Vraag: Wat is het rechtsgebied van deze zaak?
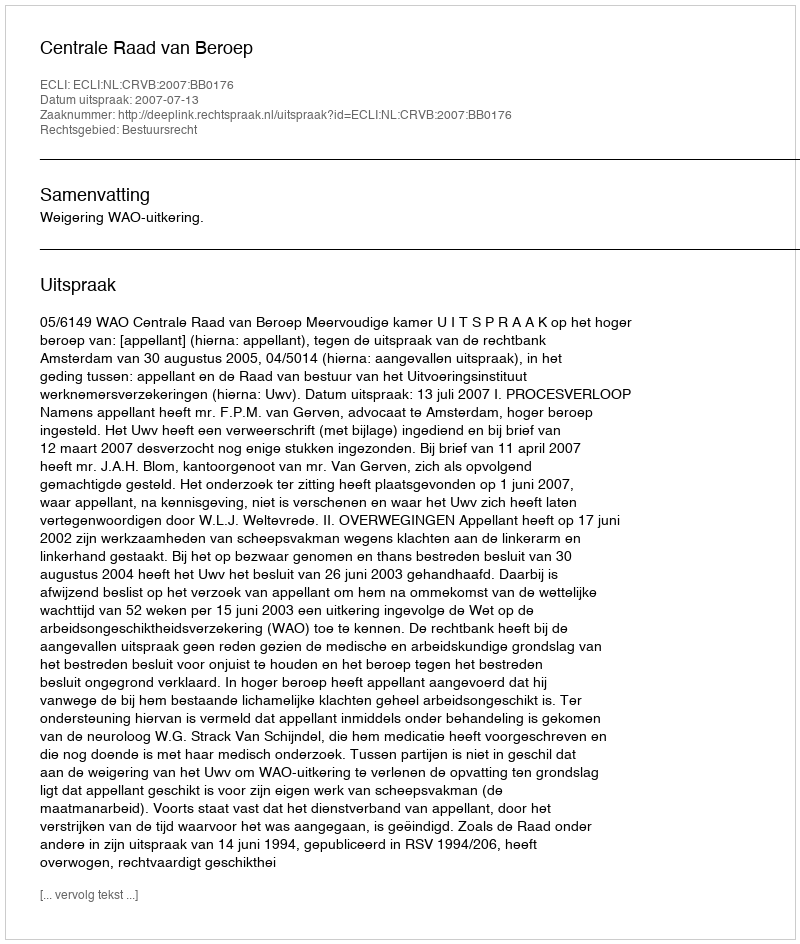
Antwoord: Bestuursrecht